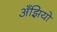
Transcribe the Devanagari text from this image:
अँझियो